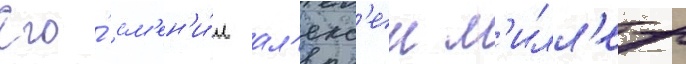
Его́ см'ен'и́л ал'екс'еи м'илл'ер